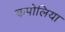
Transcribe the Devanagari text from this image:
कपोलिया